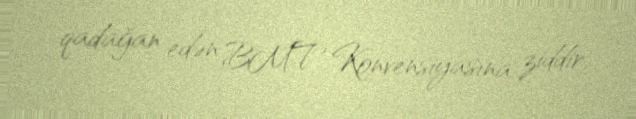
qadağan edən BMT Konvensiyasına ziddir.